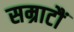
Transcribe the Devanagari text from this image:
सम्राटौं